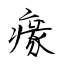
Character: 𤸁